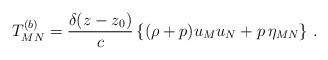
\begin{align*}T^{(b)} _{MN} = {{\delta (z-z_0)} \over c} \left\{ (\rho +p) u_M u_N +p \, \eta_{MN} \right\}\, .\end{align*}